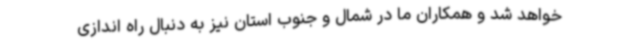
خواهد شد و همکاران ما در شمال و جنوب استان نیز به دنبال راه اندازی